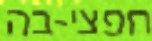
חפצי-בה